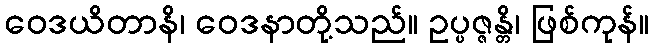
ဝေဒယိတာနိ၊ ဝေဒနာတို့သည်။ ဥပ္ပဇ္ဇန္တိ၊ ဖြစ်ကုန်။